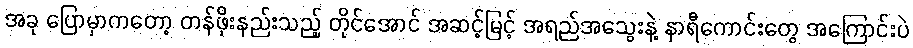
အခု ပြောမှာကတော့ တန်ဖိုးနည်းသည့် တိုင်အောင် အဆင့်မြင့် အရည်အသွေးနဲ့ နာရီကောင်းတွေ အကြောင်းပဲ